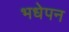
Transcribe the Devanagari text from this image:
भधेपन